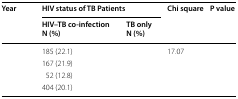
<table><thead><tr><td rowspan="2"><b>Year</b></td><td colspan="2"><b>HIV status of TB Patients</b></td><td rowspan="2"><b>Chi square</b></td><td rowspan="2"><b>P value</b></td></tr><tr><td><b>HIV–TB co-infection N (%)</b></td><td><b>TB onlyN (%)</b></td></tr></thead><tbody><tr><td>[EMPTY_CELL]</td><td>185 (22.1)</td><td>[EMPTY_CELL]</td><td>17.07</td><td>[EMPTY_CELL]</td></tr><tr><td>[EMPTY_CELL]</td><td>167 (21.9)</td><td>[EMPTY_CELL]</td><td>[EMPTY_CELL]</td><td>[EMPTY_CELL]</td></tr><tr><td>[EMPTY_CELL]</td><td>52 (12.8)</td><td>[EMPTY_CELL]</td><td>[EMPTY_CELL]</td><td>[EMPTY_CELL]</td></tr><tr><td>[EMPTY_CELL]</td><td>404 (20.1)</td><td>[EMPTY_CELL]</td><td>[EMPTY_CELL]</td><td>[EMPTY_CELL]</td></tr></tbody></table>